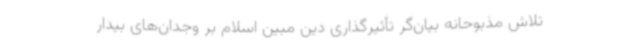
تلاش مذبوحانه بیان‌گر تأثیرگذاری دین مبین اسلام بر وجدان‌های بیدار